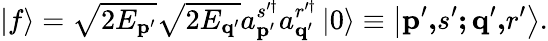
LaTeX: \left\vert f\right\rangle=\sqrt{2E_{\mathbf{p}^{\prime}}}\sqrt{2E_{\mathbf{q}^{\prime}}}a_{\mathbf{p}^{\prime}}^{s^{\prime\dagger}}a_{\mathbf{q}^{\prime}}^{r^{\prime\dagger}}\left\vert 0\right\rangle\equiv\left\vert\mathbf{p}^{\prime}\mathbf{,}s^{\prime}\mathbf{;q}^{\prime}\mathbf{,}r^{\prime}\right\rangle.